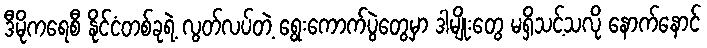
ဒီမိုကရေစီ နိုင်ငံတစ်ခုရဲ့ လွတ်လပ်တဲ့ ရွေးကောက်ပွဲတွေမှာ ဒါမျိုးတွေ မရှိသင့်သလို နောက်နောင်